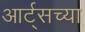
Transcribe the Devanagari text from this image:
आर्ट्‌सच्या